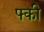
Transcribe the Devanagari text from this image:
फ्की